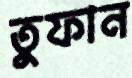
তুফান